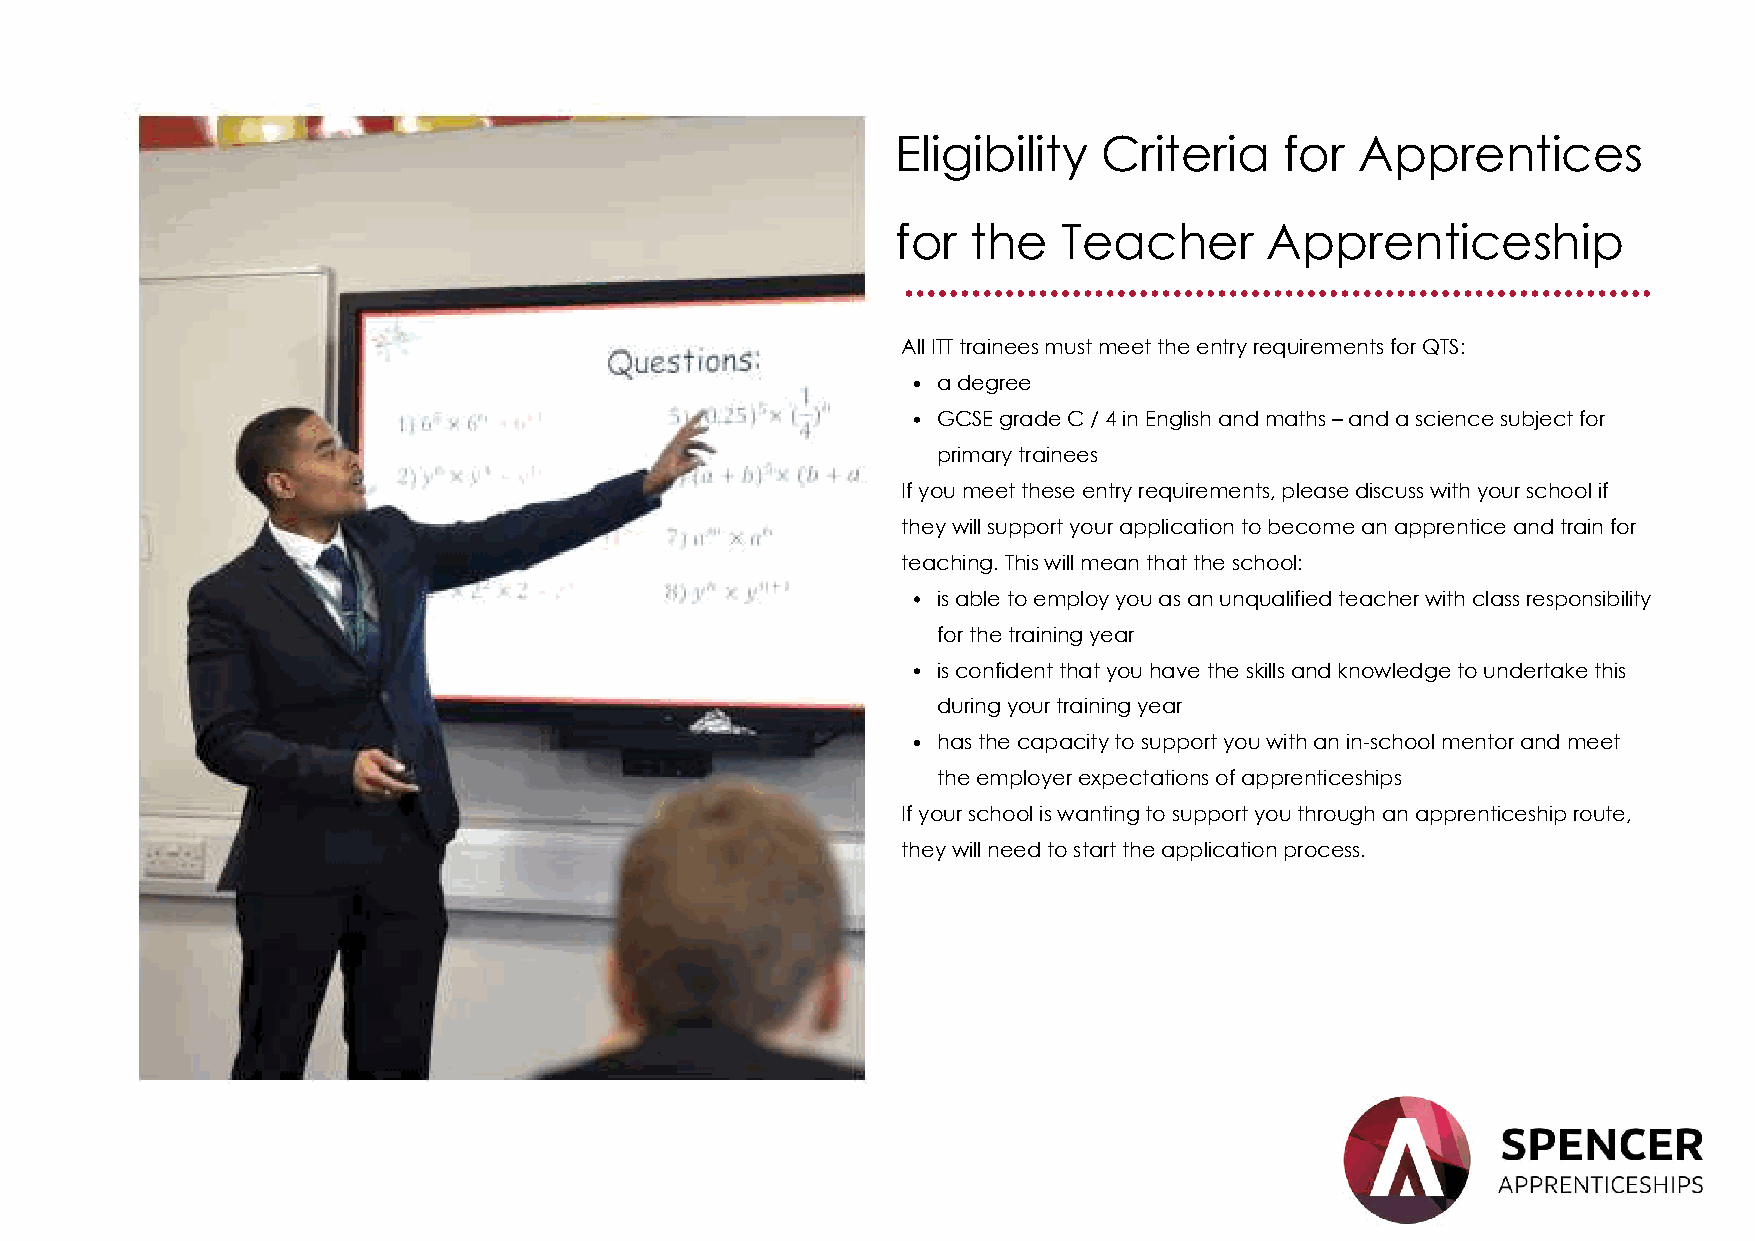
Eligibility   Criteria    for  Apprentices
 for  the   Teacher       Apprenticeship
 ...................................................................
 All ITT trainees must meet the entry requirements for QTS:
 a degree
 GCSE grade C / 4 in English and maths – and a science subject for
 primary trainees
 If you meet these entry requirements, please discuss with your school if
 they will support your application to become an apprentice and train for
 teaching. This will mean that the school:
 is able to employ you as an unqualified teacher with class responsibility
 for the training year
 is confident that you have the skills and knowledge to undertake this
 during your training year
 has the capacity to support you with an in-school mentor and meet
 the employer expectations of apprenticeships
 If your school is wanting to support you through an apprenticeship route,
 they will need to start the application process.